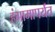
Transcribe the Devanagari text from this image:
हंगामापर्यंत